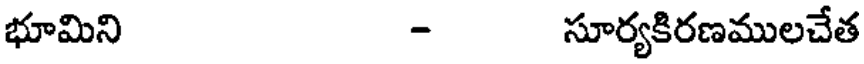
భూమిని - సూర్యకిరణములచేత